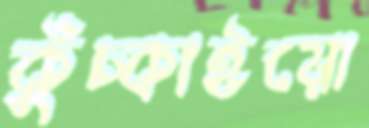
কুঁচ্‌কাইয়ো